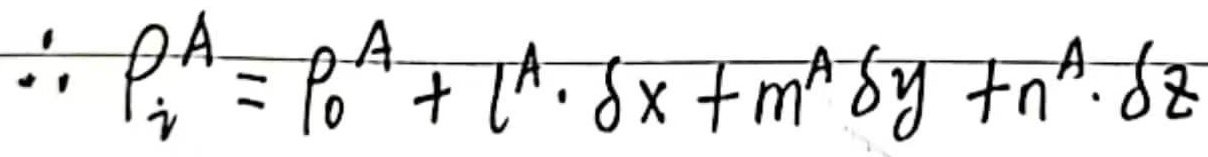
\(\therefore p_{i}^{A}=p_{0}^{A}+l^{A}\cdot\delta x + m^{A}\delta y + n^{A}\cdot\delta z\)